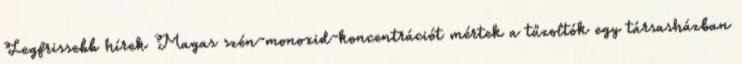
Legfrissebb hírek Magas szén-monoxid-koncentrációt mértek a tűzoltók egy társasházban